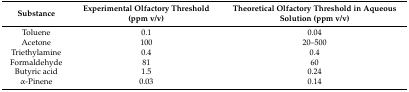
<table><thead><tr><td><b>Substance</b></td><td><b>Experimental Olfactory Threshold (ppm v/v)</b></td><td><b>Theoretical Olfactory Threshold in Aqueous Solution (ppm v/v)</b></td></tr></thead><tbody><tr><td>Toluene</td><td>0.1</td><td>0.04</td></tr><tr><td>Acetone</td><td>100</td><td>20–500</td></tr><tr><td>Triethylamine</td><td>0.4</td><td>0.4</td></tr><tr><td>Formaldehyde</td><td>81</td><td>60</td></tr><tr><td>Butyric acid</td><td>1.5</td><td>0.24</td></tr><tr><td>α-Pinene</td><td>0.03</td><td>0.14</td></tr></tbody></table>